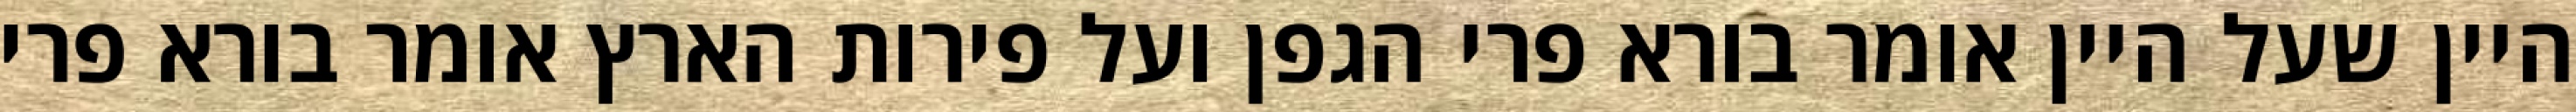
היין שעל היין אומר בורא פרי הגפן ועל פירות הארץ אומר בורא פרי